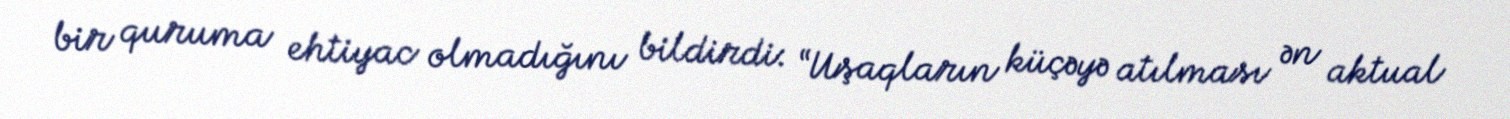
bir quruma ehtiyac olmadığını bildirdi: “Uşaqların küçəyə atılması ən aktual